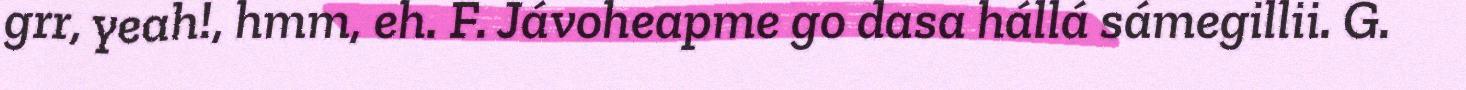
grr, yeah!, hmm, eh. F. Jávoheapme go dasa hállá sámegillii. G.